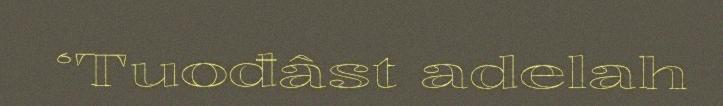
‘Tuođâst adelah